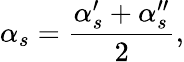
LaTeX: \alpha_{s}=\frac{\alpha_{s}^{\prime}+\alpha_{s}^{\prime\prime}}{2},